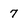
Character: 7